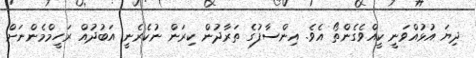
ދިޔަ އުޅުއްވަނީ ކީއްވެގެންތޯ އެވެ. އިންސާފުގެ ތަރާދުން ކިރަން ނުކެރެނީ އަބުދުއް ރަހީމްމެންނަށް